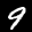
Label: 9